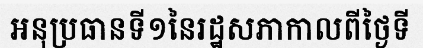
អនុប្រធានទី១នៃរដ្ឋសភាកាលពីថ្ងៃទី